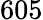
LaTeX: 605